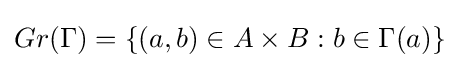
Gr(\Gamma )=\{(a,b)\in A\times B:b\in \Gamma (a)\}